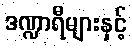
ဒဏ္ဍာရီများနှင့်